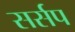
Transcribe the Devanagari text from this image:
सर्सप